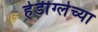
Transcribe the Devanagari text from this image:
हेडींग्लेच्या